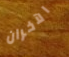
الآخران